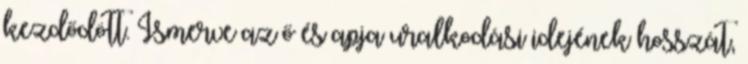
kezdődött. Ismerve az ő és apja uralkodási idejének hosszát,